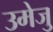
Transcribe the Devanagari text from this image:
उमेजु